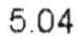
5.04